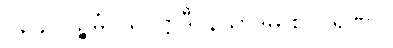
၁၃၄။ ပဉ္စမံ ပရပုဋ္ဌာဒီ၊ နိသာဒမ္ပိ စ ဝါရဏာ။